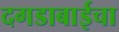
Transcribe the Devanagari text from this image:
दगडाबाईचा